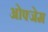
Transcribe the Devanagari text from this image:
ओफ्जेम